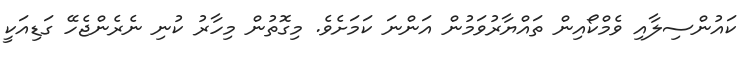
ކައުންސިލާއި ވެމްކޯއިން ތައްޔާރުވަމުން އަންނަ ކަމަށެވެ. މިގޮތުން މިހާރު ކުނި ނެރެންޖެހޭ ގަޑިއަކީ